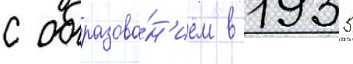
с образова́н'ием в 1935